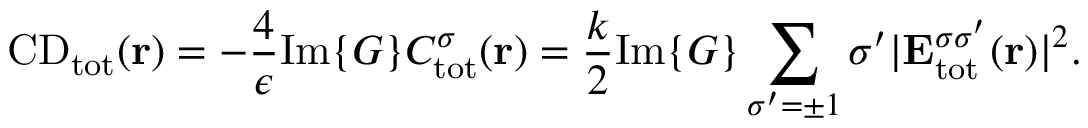
\mathrm { C D } _ { \mathrm { { t o t } } } ( { \bf r } ) = - \frac { 4 } { \epsilon } \mathrm { I m } \{ G \} C _ { \mathrm { { t o t } } } ^ { \sigma } ( { \bf r } ) = \frac { k } { 2 } \mathrm { I m } \{ G \} \sum _ { \sigma ^ { \prime } = \pm 1 } \sigma ^ { \prime } | { \bf E } _ { \mathrm { t o t } } ^ { \sigma \sigma ^ { \prime } } ( { \bf r } ) | ^ { 2 } .